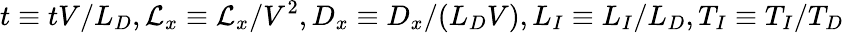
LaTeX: t\equiv tV/L_{D},\mathcal{L}_{x}\equiv\mathcal{L}_{x}/V^{2},D_{x}\equiv D_{x}/(L_{D}V),L_{I}\equiv L_{I}/L_{D},T_{I}\equiv T_{I}/T_{D}